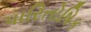
પારિતોષિક